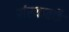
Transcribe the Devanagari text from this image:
संस्थातर्फे